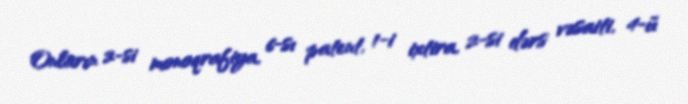
Onların 2-si monoqrafiya, 6-sı patent, 1-i ixtira, 2-si dərs vəsaiti, 4-ü